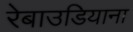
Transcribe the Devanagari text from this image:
रेबाउडियाना